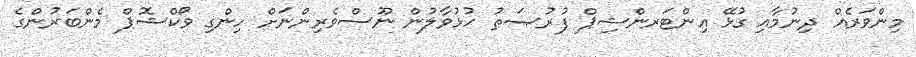
މިންވަރެއް ދިނުމާއި ގުޅޭ އިންޓަރންޝިޕް ފުރުޞަޠު ހުޅުވާލުން ނޫސްވެރިންނަށް ހިންގި ވޯކްޝޮޕް މެންބަރުންގެ